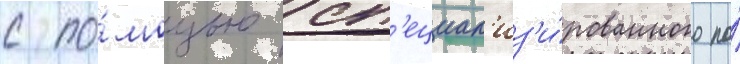
с по́мощью сп'ециал'из'и́рованного по́